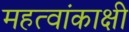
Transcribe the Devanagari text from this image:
महत्वांकाक्षी